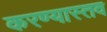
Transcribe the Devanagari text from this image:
करण्यास्तव